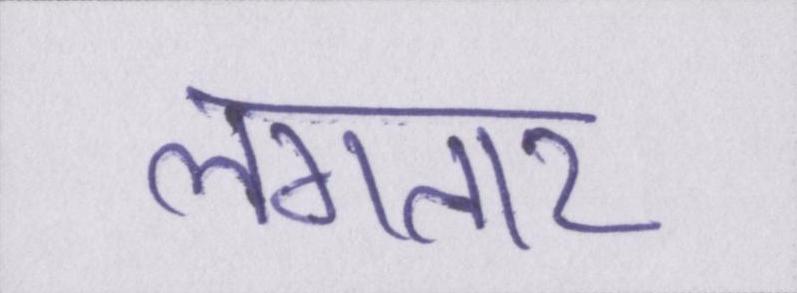
लगतार